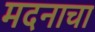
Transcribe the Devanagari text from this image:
मदनाचा